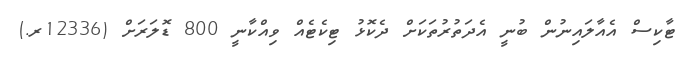
ޓާކިސް އެއާލައިނުން ބުނީ އެދަތުރުތަކަށް ދެކޮޅު ޓިކެޓެއް ވިއްކާނީ 800 ޑޮލަރަށް (12336ރ.)